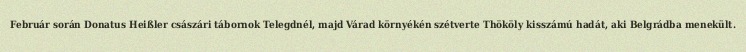
Február során Donatus Heißler császári tábornok Telegdnél, majd Várad környékén szétverte Thököly kisszámú hadát, aki Belgrádba menekült.